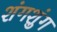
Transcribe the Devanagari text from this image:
शंगशुंग